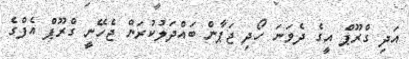
އަދި ގްރޫޕް އީގެ ދެވަނަ ހޯދި ޖަޕާން ބައްދަލުކުރަން ޖެހޭނީ ގްރޫޕް އެފްގެ